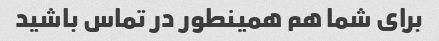
برای شما هم همینطور در تماس باشید